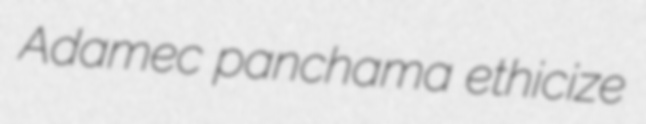
Adamec panchama ethicize